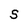
Character: S